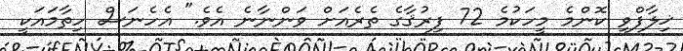
ޚިލާފްވި ކޮންމެ މީހަކުމެ 72 ފިރުޤާގެ ތެރެއަށް ވަންނާނެ އެވެ." އެހެނަސް ހިތާމައަކީ